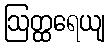
ဩတ္ထရေယျ